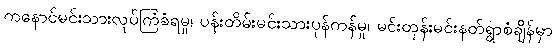
ကနောင်မင်းသားလုပ်ကြံခံရမှု၊ ပန်းတိမ်းမင်းသားပုန်ကန်မှု၊ မင်းတုန်းမင်းနတ်ရွာစံချိန်မှာ